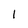
Character: 1